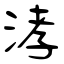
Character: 涍